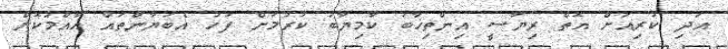
އަދި ކުރިއަށް އޮތް ރިޔާސީ އިންތިޚާބު ކާމިޔާބު ކުރުމަށް ފަހު އެބަޔާންތައް އާއްމުކޮށް